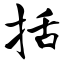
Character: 括